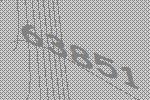
63851